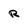
Character: R